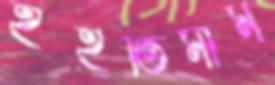
ইহতিমাম